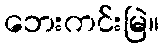
ဘေးကင်းမြဲ။